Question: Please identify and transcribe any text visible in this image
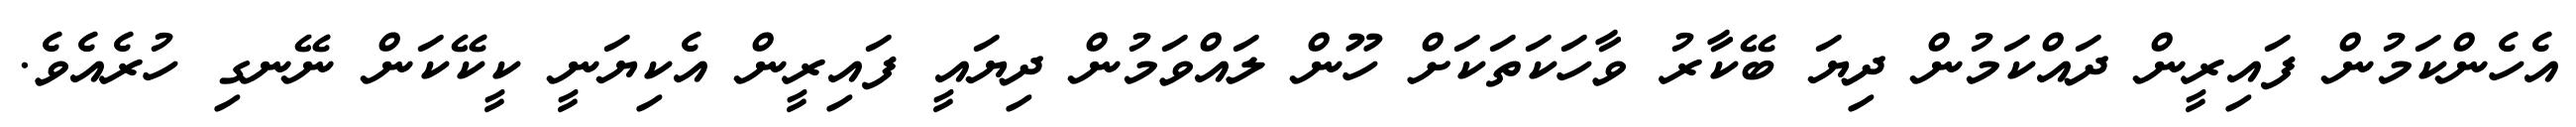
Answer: އެހެންކަމުން ފައިރީން ދައްކަމުން ދިޔަ ބޭކާރު ވާހަކަތަކަށް ހޫން ލައްވަމުން ދިޔައީ ފައިރީން އެކިޔަނީ ކީކޭކަން ނޭނގި ހުރެއެވެ.